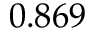
0 . 8 6 9